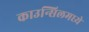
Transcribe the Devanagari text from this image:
काउन्सिलमध्ये